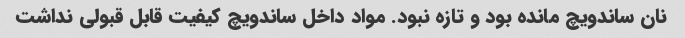
نان ساندویچ مانده بود و تازه نبود. مواد داخل ساندویچ کیفیت قابل قبولی نداشت